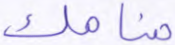
منامك